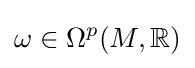
\omega \in \Omega ^{p}(M,\mathbb {R} )